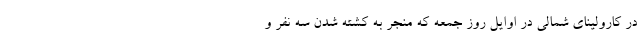
در کارولینای شمالی در اوایل روز جمعه که منجر به کشته شدن سه نفر و